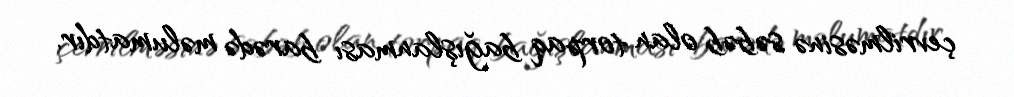
çevrilməsinə səbəb olan torpaq bağışlanması barədə məlumatdır.